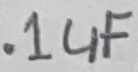
Text: .1uF